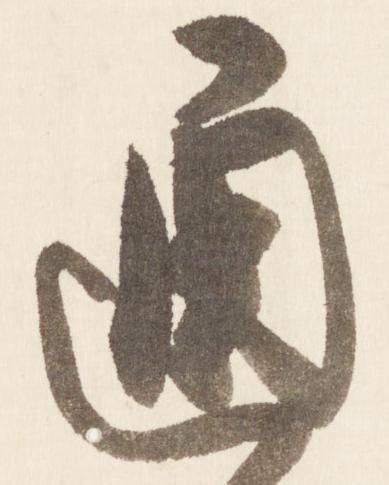
通